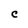
Character: C